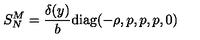
S _ { N } ^ { M } = \frac { \delta ( y ) } { b } \mathrm { d i a g } ( - \rho , p , p , p , 0 )